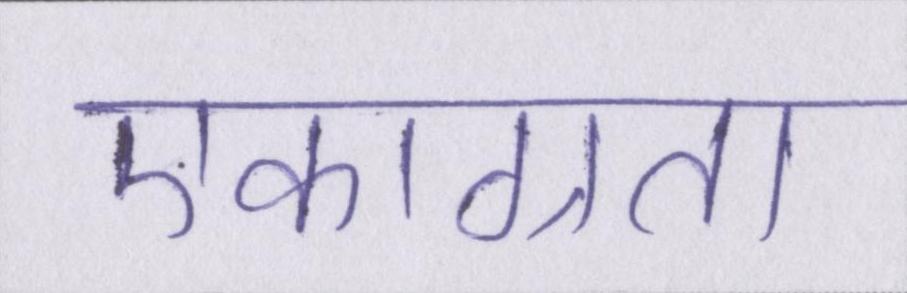
एकाग्रता